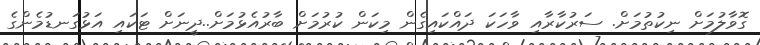
ގޮވާލުމަށް ނިކުތުމަށް. ސަރުކާރާއި ވާހަކަ ދައްކައިގެން މިކަން ކުރުމަށް ބާރުއެޅުމަށް..ދީނަށް ޓަކައި އަޅުގަނޑުމެންގެ